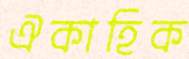
ঐকাহিক